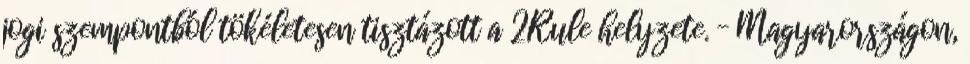
jogi szempontból tökéletesen tisztázott a 2Rule helyzete. – Magyarországon,